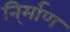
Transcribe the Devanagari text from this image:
नि्र्माण